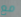
مع